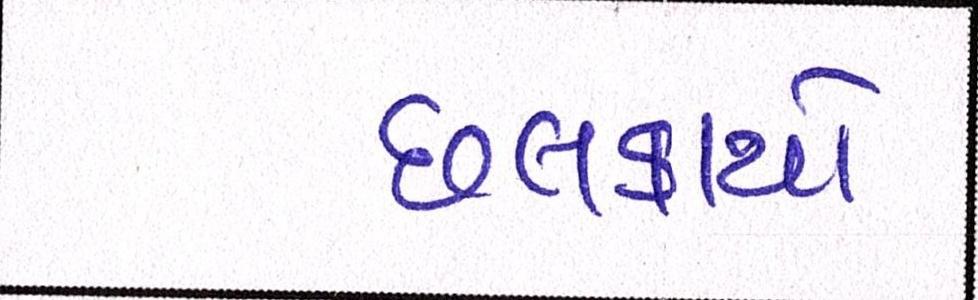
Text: છલકાયો